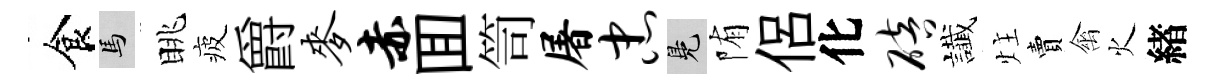
食馬眺疲爵麦赤囬笥屠忠鳬陏侶化碚䜟炷賣禽火緖